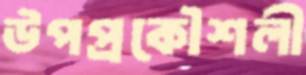
উপপ্রকৌশলী